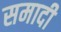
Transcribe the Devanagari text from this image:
समादी